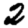
Digit: 2